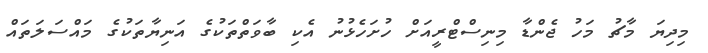
މިދިޔަ މާޗު މަހު ޖެންޑާ މިނިސްޓްރީއަށް ހުށަހެޅުނު އެކި ބާވަތްތަކުގެ އަނިޔާތަކުގެ މައްސަލަތައް